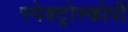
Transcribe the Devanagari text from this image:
स्‍पेक्‍ट्रोस्‍कोर्पी